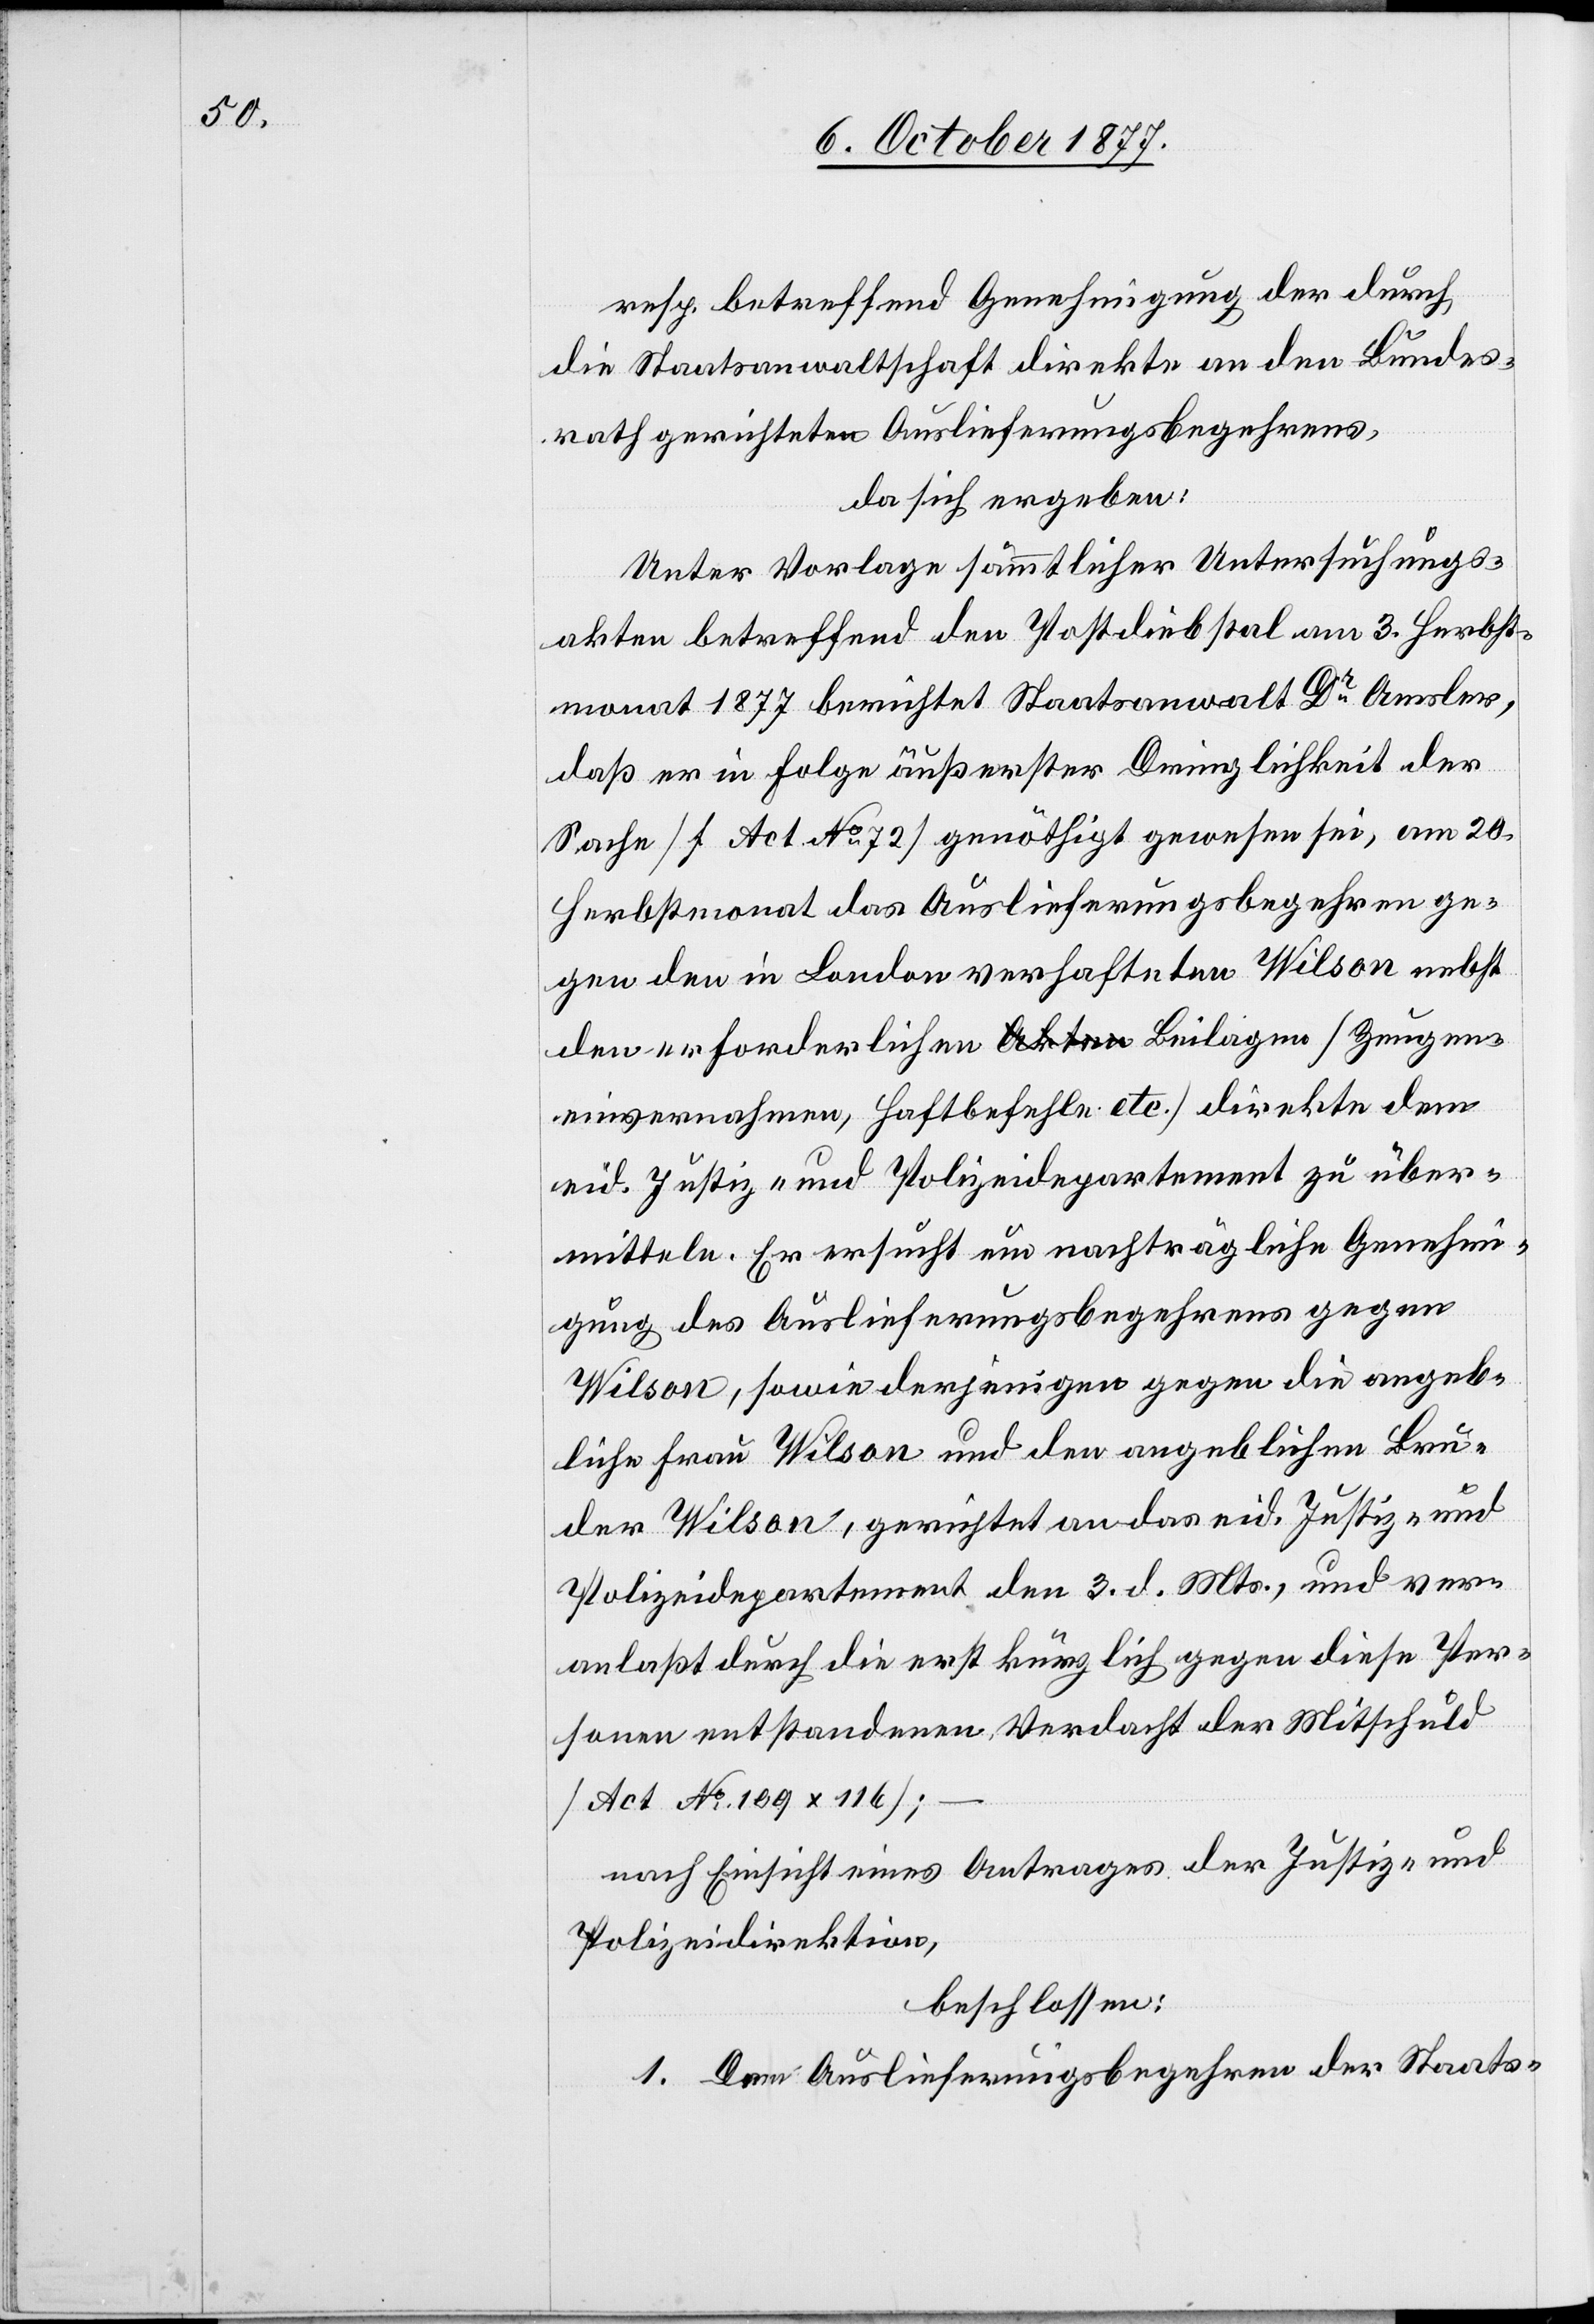
resp. betreffend Genehmigung der [recte:
die Staatsanwaltschaft direkte an den Bundes¬
rath gerichteten Auslieferungsbegehrens,
da sich ergeben:
Unter Vorlage sämmtlicher Untersuchungs¬
akten betreffend den Postdiebstal am 3. Herbst¬
monat 1877 berichtet Staatsanwalt Dr Amsler,
daß er in Folge äußerster Dringlichkeit der
Sache [?s.] Act No 72] genöthigt gewesen sei, am 20.
Herbstmonat das Auslieferungsbegehren ge¬
gen den in London verhafteten Wilson nebst
einvernahmen, Haftbefehle etc.] direkte dem
eid. Justiz- und Polizeidepartement zu über¬
mitteln. Er ersucht um nachträgliche Genehmi¬
gung des Auslieferungsbegehrens gegen
Wilson, sowie derjenigen gegen die angeb¬
liche Frau Wilson und den angeblichen Bru¬
der Wilson, gerichtet an das eid. Justiz- und
Polizeidepartement den 3. d. Mts., und ver¬
anlaßt durch die erst kürzlich gegen diese Per¬
sonen entstandenen Verdacht der Mitschuld
[Act No 109 x
nach Einsicht eines Antrages der Justiz- und
Polizeidirektion,
beschlossen:
1. Dem Auslieferungsbegehren der Staats-

en¬